Annual report on the mental hospital in the Central Provinces and Berar (Nagpur) - 1927-1951
Year: 1927
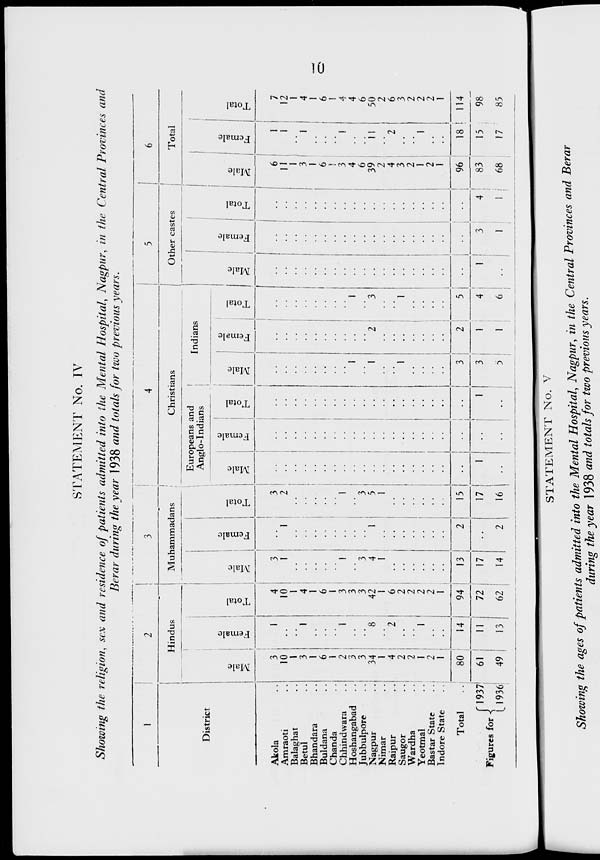
10
STATEMENT No. IV
Showing the religion, sex and residence of patients admitted into the Mental Hospital, Nagpur, in the Central Provinces and
Berar during the year 1938 and totals for two previous years.
1
District
Akola ..
Amraoti ..
Balaghat ..
Betul ..
Bhandara ..
Buldana ..
Chanda ..
Chhindwara ..
Hoshangabad ..
Jubbulpore ..
Nagpur ..
Nimar ..
Raipur ..
Saugor ..
Wardha ..
Yeotmal ..
Bastar State ..
Indore State ..
Total ..
Figures for
1937
1936
2
Hindus
Male
3
10
1
3
1
6
1
2
3
3
34
1
4
2
2
1
2
1
80
61
49
Female
1
..
..
1
..
..
..
1
..
..
8
..
2
..
..
1
..
..
14
11
13
Total
4
10
1
4
1
6
1
3
3
3
42
1
6
2
2
2
2
1
94
72
62
3
Muhammadans
Male
3
1
..
..
..
..
..
1
..
3
4
1
..
..
..
..
..
..
13
17
14
Female
..
1
..
..
..
..
..
..
..
..
1
..
..
..
..
..
..
..
2
..
2
Total
3
2
..
..
..
..
..
1
..
3
5
1
..
..
..
..
..
..
15
17
16
4
Christians
Europeans and
Anglo-Indians
Male
..
..
..
..
..
..
..
..
..
..
..
..
..
..
..
..
..
..
..
1
..
Female
..
..
..
..
..
..
..
1
..
..
..
..
..
..
..
..
..
..
..
..
..
Total
..
..
..
..
..
..
..
..
..
..
..
..
..
..
..
..
..
..
..
1
..
Indians
Male
..
..
..
..
..
..
..
..
1
..
1
..
..
1
..
..
..
..
3
3
5
Female
..
..
..
..
..
..
..
..
..
..
2
..
..
..
..
..
..
..
2
1
1
Total
..
..
..
..
..
..
..
..
1
..
3
..
..
1
..
..
..
..
5
4
6
5
Other castes
Male
..
..
..
..
..
..
..
..
..
..
..
..
..
..
..
..
..
..
..
1
..
Female
..
..
..
..
..
..
..
..
..
..
..
..
..
..
..
..
..
..
..
3
1
Total
..
..
..
..
..
..
..
..
..
..
..
..
..
..
..
..
..
..
..
4
1
6
Total
Male
6 11
1
3
1
6
1
3
4
6
39
2
4
3
2
1
2
1
96
83
68
Female
1
1
..
1
..
..
..
..
..
..
11
..
2
..
..
1
..
..
18
15
17
Total
7
12
1
4
1
6
1
4
4
6
50
2
6
3
2
2
2
1
114
98
85